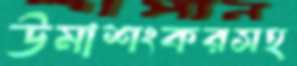
উমাশংকরসহ